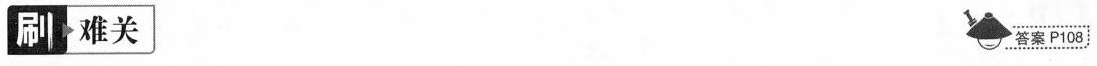
刷 难关 答案P108.